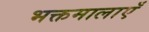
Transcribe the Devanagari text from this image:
भक्तमालाएँ